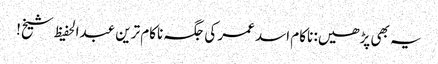
یہ بھی پڑھیں: ناکام اسد عمر کی جگہ ناکام ترین عبدالحفیظ شیخ!